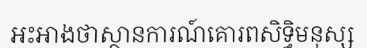
អះអាងថាស្ថានការណ៍គោរពសិទ្ធិមនុស្ស